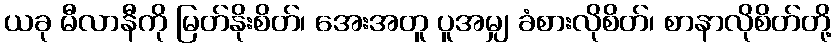
ယခု မီလာနီကို မြတ်နိုးစိတ်၊ အေးအတူ ပူအမျှ ခံစားလိုစိတ်၊ စာနာလိုစိတ်တို့